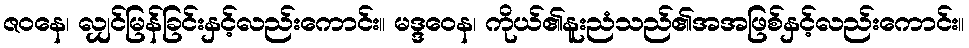
ဇဝနေ၊ လျှင်မြန်ခြင်းနှင့်လည်းကောင်း။ မဒ္ဒဝေန၊ ကိုယ်၏နူးညံသည်၏အအဖြစ်နှင့်လည်းကောင်း။